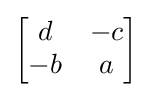
{\begin{bmatrix}d&-c\\-b&a\end{bmatrix}}